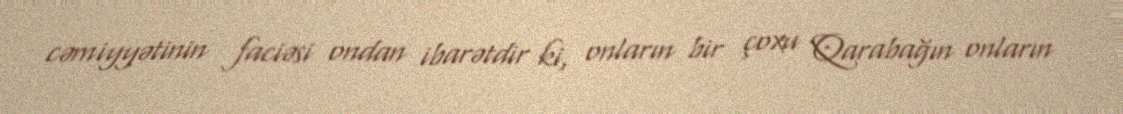
cəmiyyətinin faciəsi ondan ibarətdir ki, onların bir çoxu Qarabağın onların